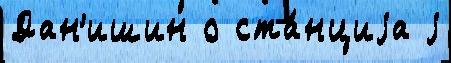
Дан'ишин о ста́нциjа j